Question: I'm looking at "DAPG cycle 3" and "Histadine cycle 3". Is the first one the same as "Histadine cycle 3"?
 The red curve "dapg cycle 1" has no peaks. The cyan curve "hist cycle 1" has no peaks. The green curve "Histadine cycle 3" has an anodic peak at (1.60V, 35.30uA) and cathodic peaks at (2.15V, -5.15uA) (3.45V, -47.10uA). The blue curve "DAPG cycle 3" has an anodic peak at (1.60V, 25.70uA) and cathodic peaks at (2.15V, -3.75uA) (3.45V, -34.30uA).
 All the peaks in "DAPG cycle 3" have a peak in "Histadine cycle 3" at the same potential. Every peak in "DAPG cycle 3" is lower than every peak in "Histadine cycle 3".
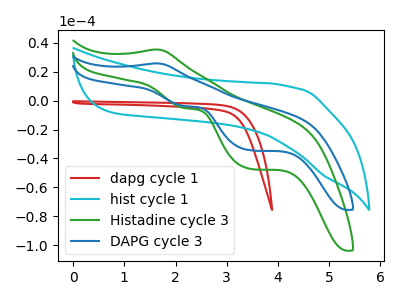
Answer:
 <answer>"DAPG cycle 3" and "Histadine cycle 3" are similar in shape.</answer>
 <eval>same_shape</eval>